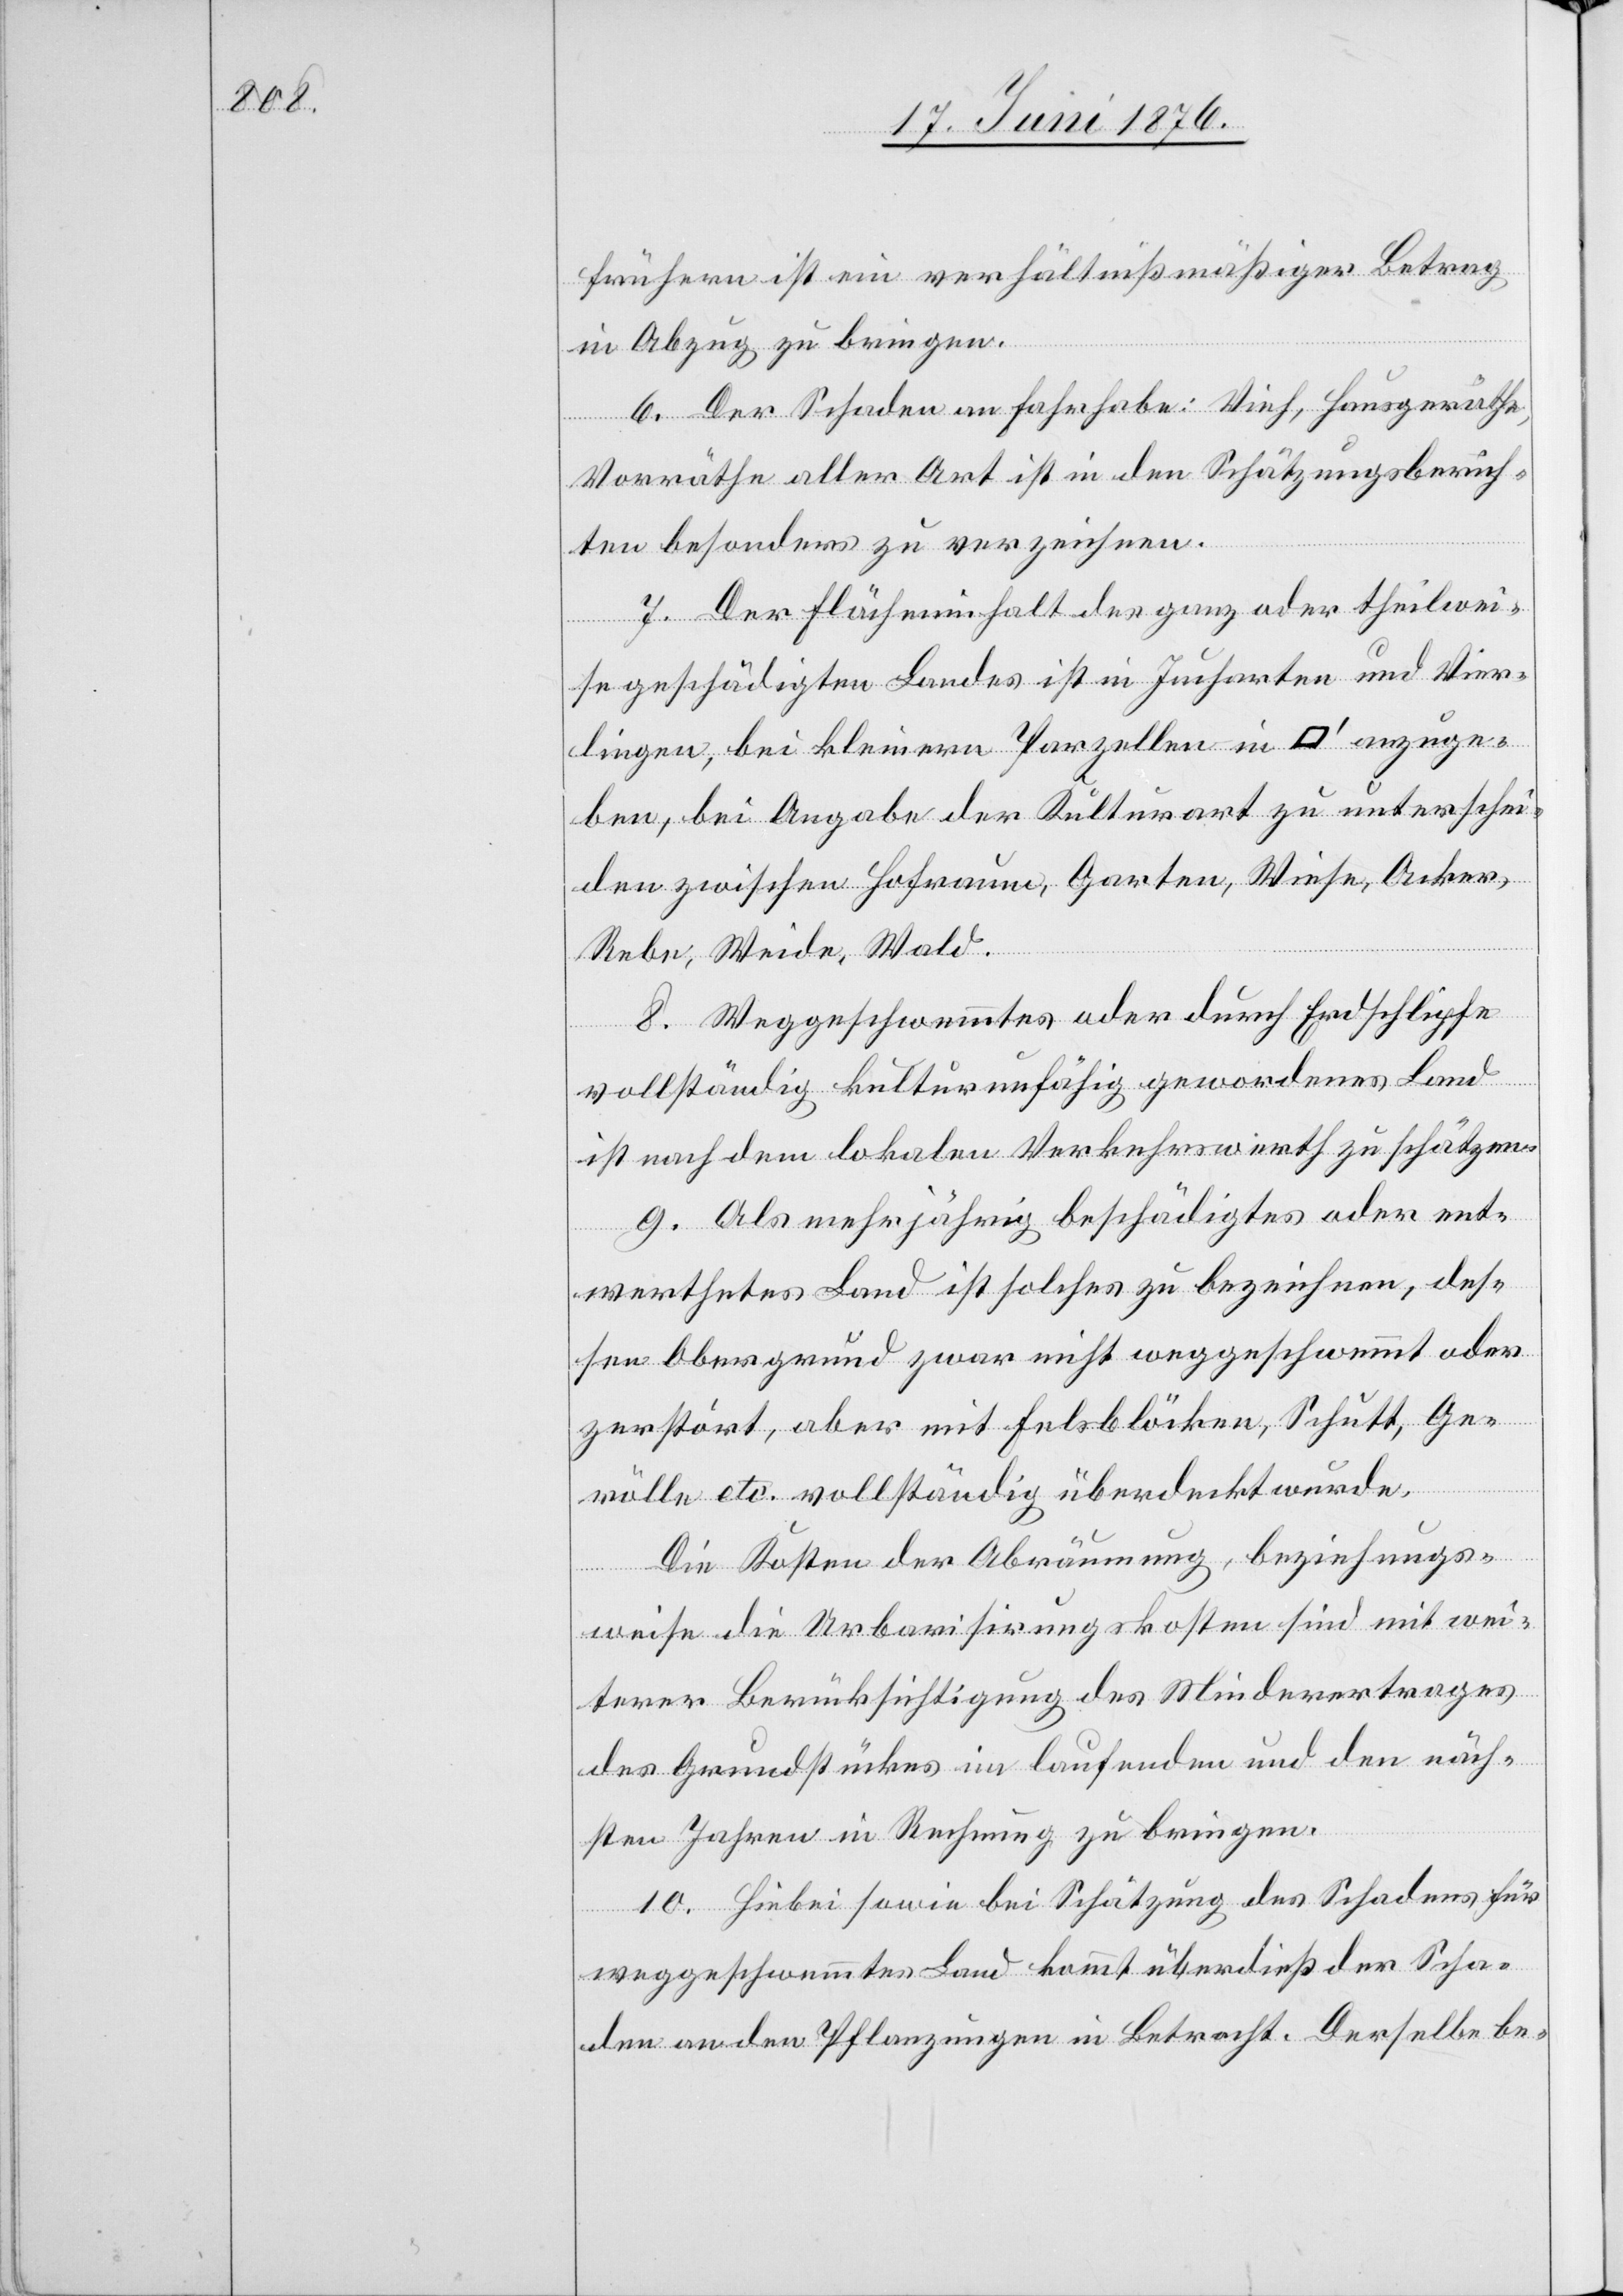
frühern ist ein verhältnißmäßiger Betrag
in Abzug zu bringen.
6. Der Schaden an Fahrhabe: Vieh; Hausgeräthe,
Vorräthe aller Art ist in den Schätzungsberich¬
ten besonders zu verzeichnen.
7. Der Flächeninhalt des ganz oder theilwei¬
se geschädigten Landes ist in Jucharten und Vier¬
lingen, bei kleinern Parzellen in [Quadratfuß] anzuge¬
ben, bei Angabe der Kulturart zu unterschei¬
den zwischen Hofraum, Garten, Wiese, Acker,
Rebe, Weide, Wald.
8. Weggeschwemmtes oder durch Erdschlipfe
vollständig kulturunfähig gewordenes Land
ist nach dem lokalen Verkehrswerth zu schätzen.
9. Als mehrjährig beschädigtes oder ent¬
werthetes Land ist solches zu bezeichnen, des¬
sen Obergrund zwar nicht weggeschwemmt oder
zerstört, aber mit Felsblöcken, Schutt, Ge¬
rölle etc. vollständig überdeckt wurde.
Die Kosten der Abräumung, beziehungs¬
weise die Urbanisirungskosten sind mit wei¬
terer Berücksichtigung des Minderertrages
des Grundstückes im laufenden und den näch¬
sten Jahren in Rechnung zu bringen.
10. Hiebei sowie bei Schätzung des Schadens für
weggeschwemmtes Land kommt überdieß der Scha¬
den an den Pflanzungen in Betracht. Derselbe be-